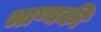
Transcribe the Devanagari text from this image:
भाष्यकी